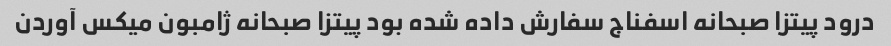
درود پیتزا صبحانه اسفناج سفارش داده شده بود پیتزا صبحانه ژامبون میکس آوردن